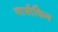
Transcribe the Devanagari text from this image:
नाभीकिय